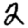
Digit: 2